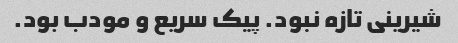
شیرینی تازه نبود. پیک سریع و مودب بود.